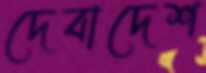
দেবাদেশ